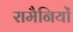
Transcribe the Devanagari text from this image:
रामैनियों